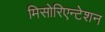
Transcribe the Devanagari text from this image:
मिसोरिएन्टेशन